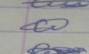
Signature authenticity: genuine